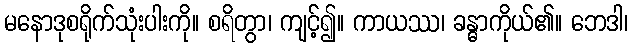
မနောဒုစရိုက်သုံးပါးကို။ စရိတွာ၊ ကျင့်၍။ ကာယဿ၊ ခန္ဓာကိုယ်၏။ ဘေဒါ၊